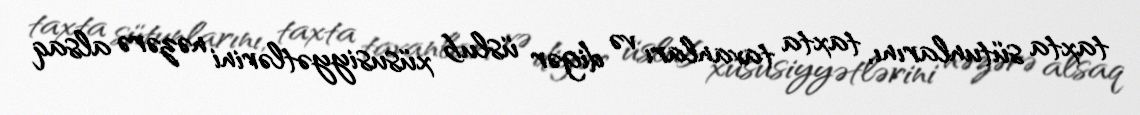
taxta sütunlarını, taxta tavanları və digər üslub xüsusiyyətlərini nəzərə alsaq